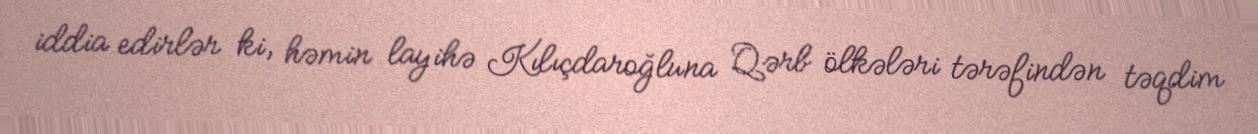
iddia edirlər ki, həmin layihə Kılıçdaroğluna Qərb ölkələri tərəfindən təqdim